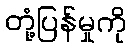
တုံ့ပြန်မှုကို